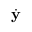
\dot { \mathbf { y } }